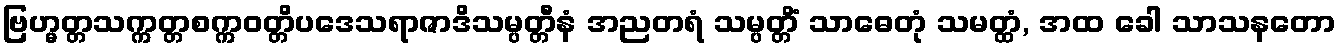
ဗြဟ္မတ္တသက္ကတ္တစက္ကဝတ္တိပဒေသရာဇာဒိသမ္ပတ္တီနံ အညတရံ သမ္ပတ္တိံ သာဓေတုံ သမတ္ထံ, အထ ခေါ သာသနတော